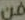
فن